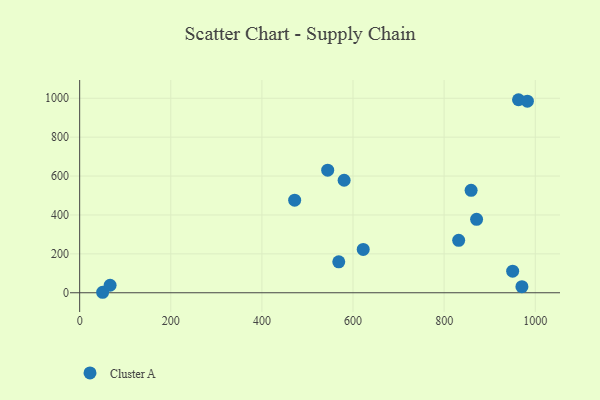
{"axis": {"x": "Speed", "y": "Fuel Efficiency"}, "legend": ["Cluster A"], "data": [{"x": "471.9", "y": 476.2, "type": "Cluster A"}, {"x": "544.4", "y": 630.4, "type": "Cluster A"}, {"x": "950.4", "y": 110.8, "type": "Cluster A"}, {"x": "580.5", "y": 578.6, "type": "Cluster A"}, {"x": "50.4", "y": 2.5, "type": "Cluster A"}, {"x": "66.8", "y": 38.7, "type": "Cluster A"}, {"x": "963.2", "y": 992.5, "type": "Cluster A"}, {"x": "568.7", "y": 159.2, "type": "Cluster A"}, {"x": "831.9", "y": 269.4, "type": "Cluster A"}, {"x": "970.7", "y": 31.4, "type": "Cluster A"}, {"x": "622.4", "y": 222.7, "type": "Cluster A"}, {"x": "982.7", "y": 984.8, "type": "Cluster A"}, {"x": "859.2", "y": 526.5, "type": "Cluster A"}, {"x": "871.2", "y": 377.6, "type": "Cluster A"}]}